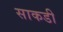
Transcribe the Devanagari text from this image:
साकडी